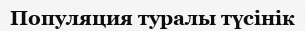
Популяция туралы түсінік